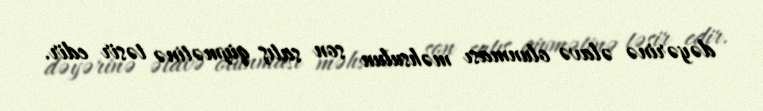
dəyərinə əlavə olunması məhsulun son satış qiymətinə təsir edir.